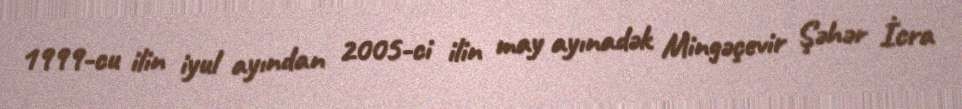
1999-cu ilin iyul ayından 2005-ci ilin may ayınadək Mingəçevir Şəhər İcra